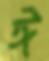
ঈ